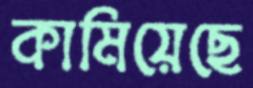
কামিয়েছে